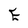
Character: E